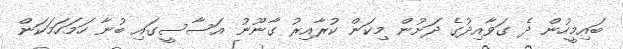
ބައިމީހުން ދެ ގަވާއިދުގެ ދަށުން މިކަން ކުރާއިރު ގާނޫނު އަސާސީގައި ބުނާ ހަމަހަމަކަން